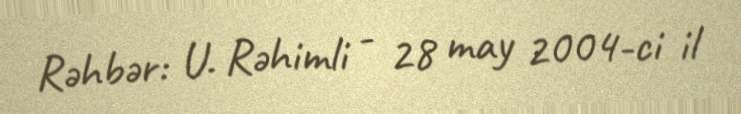
Rəhbər: U. Rəhimli - 28 may 2004-ci il